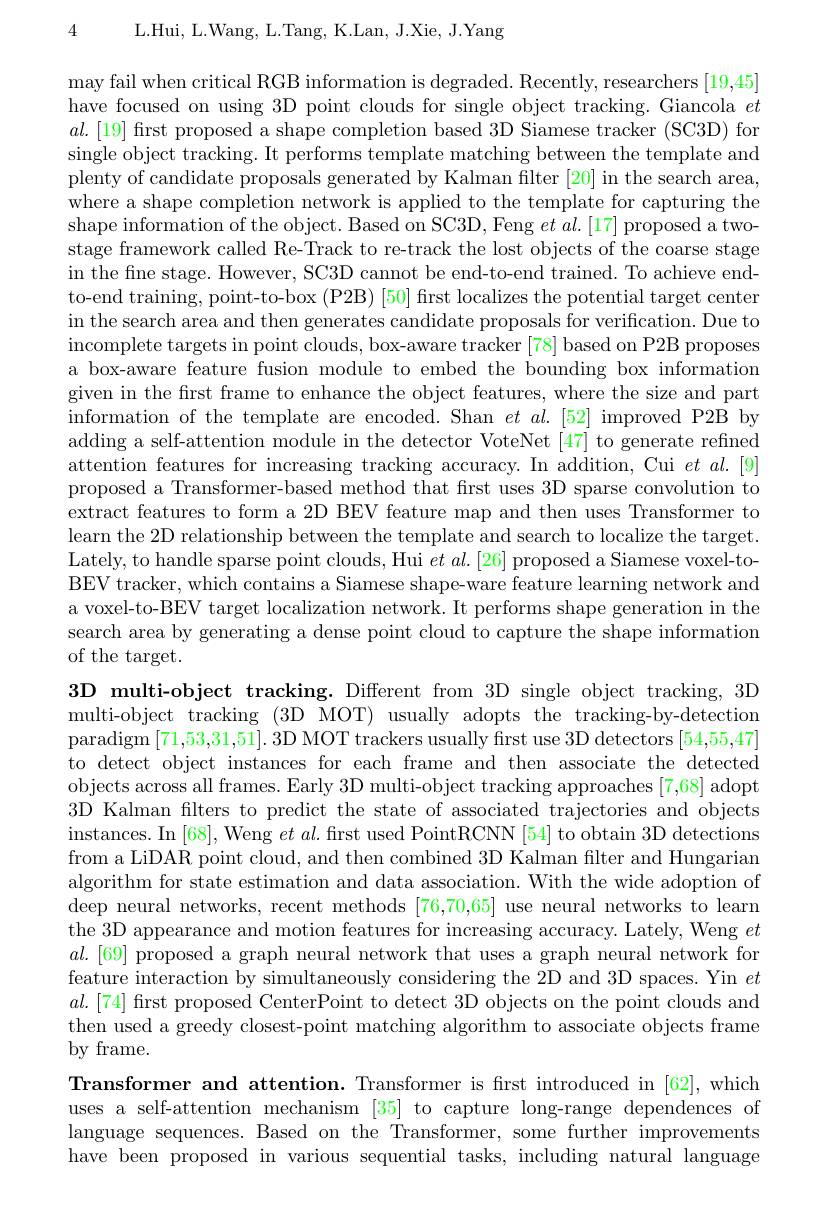
4 L.Hui, L.Wang, L.Tang, K.Lan, J.Xie, J.Yang

may fail when critical RGB information is degraded. Recently, researchers [19,45] have focused on using 3D point clouds for single object tracking. Giancola $et$ $al.[19]$ first proposed a shape completion based 3D Siamese tracker (SC3D) for single object tracking. It performs template matching between the template and plenty of candidate proposals generated by Kalman filter [20] in the search area, where a shape completion network is applied to the template for capturing the shape information of the object. Based on SC3D, Feng $et\textit{al. [ 17] proposed atwo- }$ stage framework called Re-Track to re-track the lost objects of the coarse stage in the fne stage. However, SC3D cannot be end-to-end trained. To achieve endto-end training, point-to-box (P2B) [50] first localizes the potential target center in the search area and then generates candidate proposals for verification. Due to incomplete targets in point clouds, box-aware tracker [78] based on P2B proposes a box-aware feature fusion module to embed the bounding box information given in the first frame to enhance the object features, where the size and part information of the template are encoded. Shan $et\textit{al. [ 52] improved P2B by}$ adding a self-attention module in the detector VoteNet [47] to generate refined attention features for increasing tracking accuracy. In addition, Cui $et$ $al.[9]$ proposed a Transformer-based method that first uses 3D sparse convolution to extract features to form a 2D BEV feature map and then uses Transformer to learn the 2D relationship between the template and search to localize the target. Lately, to handle sparse point clouds, Hui $et\textit{al. [ 26] proposed a Siamese voxel- to- }$ BEV tracker, which contains a Siamese shape-ware feature learning network and a voxel-to-BEV target localization network. It performs shape generation in the search area by generating a dense point cloud to capture the shape information of the target.

3D multi-object tracking. Different from 3D single object tracking, 3D multi-object tracking (3D MOT) usually adopts the tracking-by-detection paradigm [71,53,31,51]. 3D MOT trackers usually first use 3D detectors [54,55,47] to detect object instances for each frame and then associate the detected objects across all frames. Early 3D multi-object tracking approaches [7,68] adopt 3D Kalman filters to predict the state of associated trajectories and objects instances. In [68], Weng $et\textit{al. fı rst used PointRCNN [ 54] to obtain 3D detections}$ from a LiDAR point cloud, and then combined 3D Kalman filter and Hungarian algorithm for state estimation and data association. With the wide adoption of deep neural networks, recent methods [76,70,65] use neural networks to learn the 3D appearance and motion features for increasing accuracy. Lately, Weng $et$ $al.[69]$ proposed a graph neural network that uses a graph neural network for feature interaction by simultaneously considering the 2D and 3D spaces. Yin $et$ $al.[74]$ first proposed CenterPoint to detect 3D objects on the point clouds and then used a greedy closest-point matching algorithm to associate objects frame by frame.

Transformer and attention. Transformer is first introduced in [62], which uses a self-attention mechanism [35] to capture long-range dependences of language sequences. Based on the Transformer, some further improvements have been proposed in various sequential tasks, including natural language